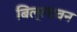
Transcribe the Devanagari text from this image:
बिल्लावन